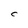
Character: C